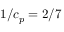
1 / c _ { p } = 2 / 7